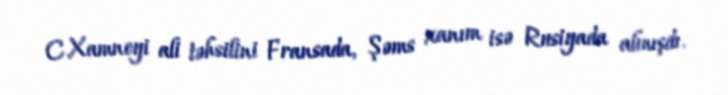
C.Xamneyi ali təhsilini Fransada, Şəms xanım isə Rusiyada almışdı.